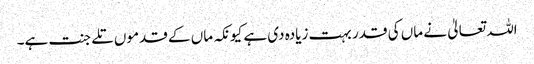
اللہ تعالیٰ نے ماں کی قدر بہت زیادہ دی ہے کیونکہ ماں کے قدموں تلے جنت ہے۔